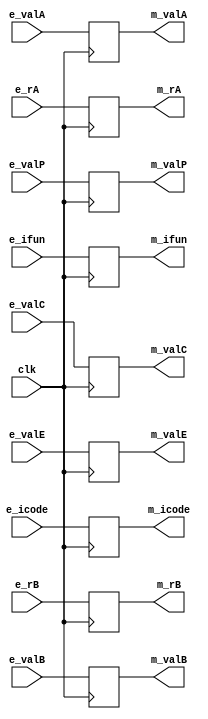
`timescale 1ps/1ps

module m_pipereg(clk, e_icode, e_ifun, e_rA, e_rB, e_valC, e_valP, e_valA, e_valB, e_valE, m_icode, m_ifun, m_rA, m_rB, m_valC, m_valP, m_valA, m_valB, m_valE);

    parameter n = 64;
    input clk;
    input [3:0] e_icode, e_ifun;
    input [3:0] e_rA;
    input [3:0] e_rB;
    input [n-1:0] e_valA;
    input [n-1:0] e_valB;
    input [n-1:0] e_valC;
    input [n-1:0] e_valP;
    input [n-1:0] e_valE;
    output reg [3:0] m_icode, m_ifun;
    output reg [3:0] m_rA;
    output reg [3:0] m_rB;
    output reg [n-1:0] m_valA;
    output reg [n-1:0] m_valB;
    output reg [n-1:0] m_valC;
    output reg [n-1:0] m_valP;
    output reg [n-1:0] m_valE;

    always @(posedge clk)  
    begin
    m_icode <= e_icode;
    m_ifun <= e_ifun;
    m_rA <= e_rA;
    m_rB <= e_rB;
    m_valC <= e_valC;
    m_valP <= e_valP;
    m_valA <= e_valA;
    m_valB <= e_valB;
    m_valE <= e_valE;
    end

endmodule